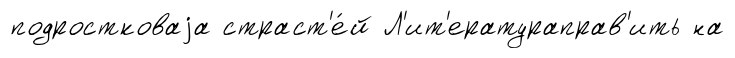
подростковаjа страст'е́й Л'ит'ератураправ'ить на